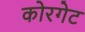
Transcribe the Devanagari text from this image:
कोरगेट